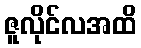
ဇူလိုင်လအထိ